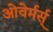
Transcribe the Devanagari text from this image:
ओवेर्मर्स्